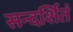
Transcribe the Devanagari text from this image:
सन्दर्शितं